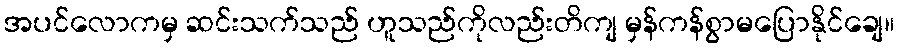
အပင်လောကမှ ဆင်းသက်သည် ဟူသည်ကိုလည်းတိကျ မှန်ကန်စွာမပြောနိုင်ချေ။